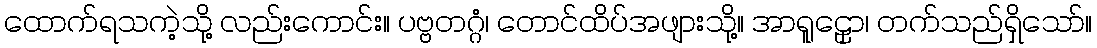
ထောက်ရသကဲ့သို့ လည်းကောင်း။ ပဗ္ဗတဂ္ဂံ၊ တောင်ထိပ်အဖျားသို့။ အာရူဠှော၊ တက်သည်ရှိသော်။